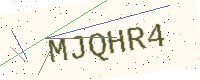
Text: MJQHR4